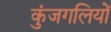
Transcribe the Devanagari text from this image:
कुंजगलियों